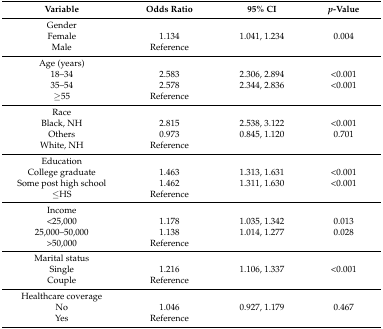
<table><thead><tr><td><b>Variable</b></td><td><b>Odds Ratio</b></td><td><b>95% CI</b></td><td><b><i>p</i>-Value</b></td></tr></thead><tbody><tr><td>Gender</td><td></td><td></td><td></td></tr><tr><td>Female</td><td>1.134</td><td>1.041, 1.234</td><td>0.004</td></tr><tr><td>Male</td><td>Reference</td><td></td><td></td></tr><tr><td>Age (years)</td><td></td><td></td><td></td></tr><tr><td>18–34</td><td>2.583</td><td>2.306, 2.894</td><td>&lt;0.001</td></tr><tr><td>35–54</td><td>2.578</td><td>2.344, 2.836</td><td>&lt;0.001</td></tr><tr><td>≥55</td><td>Reference</td><td></td><td></td></tr><tr><td>Race</td><td></td><td></td><td></td></tr><tr><td>Black, NH</td><td>2.815</td><td>2.538, 3.122</td><td>&lt;0.001</td></tr><tr><td>Others</td><td>0.973</td><td>0.845, 1.120</td><td>0.701</td></tr><tr><td>White, NH</td><td>Reference</td><td></td><td></td></tr><tr><td>Education</td><td></td><td></td><td></td></tr><tr><td>College graduate</td><td>1.463</td><td>1.313, 1.631</td><td>&lt;0.001</td></tr><tr><td>Some post high school</td><td>1.462</td><td>1.311, 1.630</td><td>&lt;0.001</td></tr><tr><td>≤HS</td><td>Reference</td><td></td><td></td></tr><tr><td>Income</td><td></td><td></td><td></td></tr><tr><td>&lt;25,000</td><td>1.178</td><td>1.035, 1.342</td><td>0.013</td></tr><tr><td>25,000–50,000</td><td>1.138</td><td>1.014, 1.277</td><td>0.028</td></tr><tr><td>&gt;50,000</td><td>Reference</td><td></td><td></td></tr><tr><td>Marital status</td><td></td><td></td><td></td></tr><tr><td>Single</td><td>1.216</td><td>1.106, 1.337</td><td>&lt;0.001</td></tr><tr><td>Couple</td><td>Reference</td><td></td><td></td></tr><tr><td>Healthcare coverage</td><td></td><td></td><td></td></tr><tr><td>No</td><td>1.046</td><td>0.927, 1.179</td><td>0.467</td></tr><tr><td>Yes</td><td>Reference</td><td></td><td></td></tr></tbody></table>